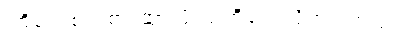
ကြိုတင်စဉ်းစားထားဖို့ သတိပေးလိုက်ပါတယ်။